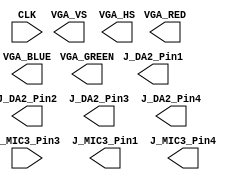
`timescale 1ns / 1ps
//////////////////////////////////////////////////////////////////////////////////
// National University of Singapore
// Department of Electrical and Computer Engineering
// EE2026 Digital Design
// AY1819 Semester 1
// Project: Voice Scope
//////////////////////////////////////////////////////////////////////////////////

module Voice_Scope_TOP(
    input CLK,
    
    input  J_MIC3_Pin3,   // PmodMIC3 audio input data (serial)
    output J_MIC3_Pin1,   // PmodMIC3 chip select, 20kHz sampling clock
    output J_MIC3_Pin4,   // PmodMIC3 serial clock (generated by module VoiceCapturer.v)
    
    output J_DA2_Pin1,    // PmodDA2 sampling clock (generated by module DA2RefComp.vhd)
    output J_DA2_Pin2,    // PmodDA2 Data_A, 12-bit speaker output (generated by module DA2RefComp.vhd)
    output J_DA2_Pin3,    // PmodDA2 Data_B, not used (generated by module DA2RefComp.vhd)
    output J_DA2_Pin4,    // PmodDA2 serial clock, 50MHz clock
    
    output [3:0] VGA_RED,    // RGB outputs to VGA connector (4 bits per channel gives 4096 possible colors)
    output [3:0] VGA_GREEN,
    output [3:0] VGA_BLUE,
    
    output VGA_VS,          // horizontal & vertical sync outputs to VGA connector
    output VGA_HS
    );
    
    
// Please create a clock divider module to generate 20kHz and 10Hz clock signals. 
// Instantiate it below
    wire clk_20k;
    wire clk_10Hz;
    
    
// Please instantiate the voice capturer module below
    wire [11:0] MIC_in;
    
    
    
// Please instantiate the waveform drawer module below
    wire [11:0] VGA_HORZ_COORD;
    wire [11:0] VGA_VERT_COORD; 
    
    wire [3:0] R_wave;
    wire [3:0] G_wave;
    wire [3:0] B_wave;
    
    wire clk_sample;
    wire clk_display;
    wire [9:0] wave_sample;
    
    
    
    
    
    
// Please instantiate the background drawing module below   
    wire [3:0] R_grid;
    wire [3:0] G_grid;
    wire [3:0] B_grid;
    
    
    
    
// Please instantiate the VGA display module below     
    
                    
                    
endmodule